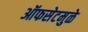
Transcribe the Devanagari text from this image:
ऑफसेटमुळे